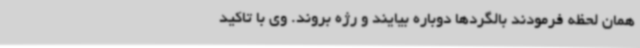
همان لحظه فرمودند بالگردها دوباره بیایند و رژه بروند. وی با تاکید